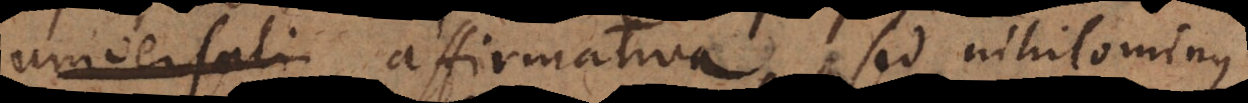
universali affirmativa, sed nihilominus